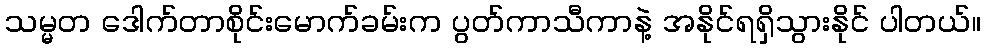
သမ္မတ ဒေါက်တာစိုင်းမောက်ခမ်းက ပွတ်ကာသီကာနဲ့ အနိုင်ရရှိသွားနိုင် ပါတယ်။